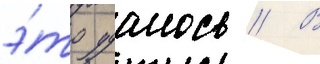
э́то удалось // В